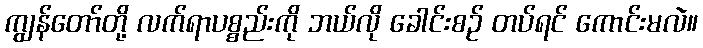
ကျွန်တော်တို့ လက်ရာပစ္စည်းကို ဘယ်လို ခေါင်းစဉ် တပ်ရင် ကောင်းမလဲ။